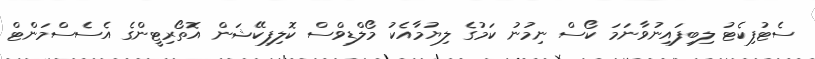
ސެޓުފިކެޓު ލިބިފައިނުވާނަމަ ކޯސް ނިމުނު ކަމުގެ ލިޔުމާއެކު މޯލްޑިވްސް ކޮލިފިކޭޝަން އޮތޯރިޓީންގެ އެސެސްމަންޓް